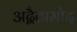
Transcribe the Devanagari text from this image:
अद्वैतामोद